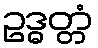
ဥဒ္ဓတ္တံ